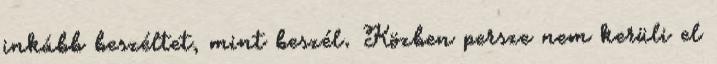
inkább beszéltet, mint beszél. Közben persze nem kerüli el